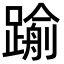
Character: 𨄫